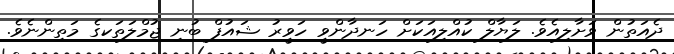
ދެއަތުން ވަށާލިއެވެ. ލަޔާލް ކުއްލިއަކަށް ހަނދާންވީ ހަވީރު ޝައުފް ބުނި ޖުމްލަތަކގެ މަތިންނެވެ.